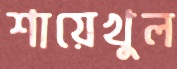
শায়েখুল